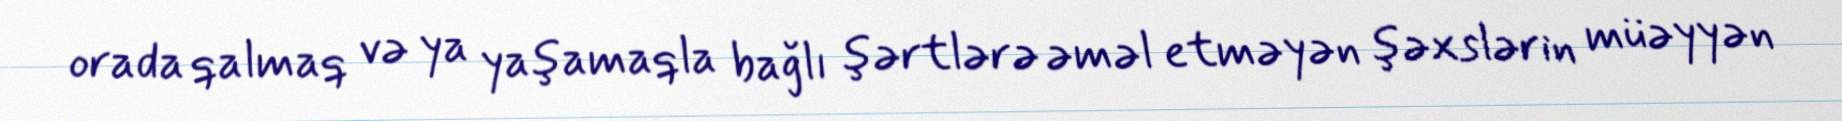
orada qalmaq və ya yaşamaqla bağlı şərtlərə əməl etməyən şəxslərin müəyyən